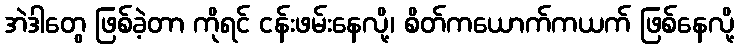
အဲဒါတွေ ဖြစ်ခဲ့တာ ကိုရင် ငန်းဖမ်းနေလို့၊ စိတ်ကယောက်ကယက် ဖြစ်နေလို့